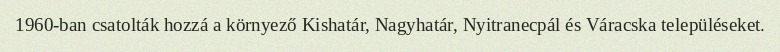
1960-ban csatolták hozzá a környező Kishatár, Nagyhatár, Nyitranecpál és Váracska településeket.